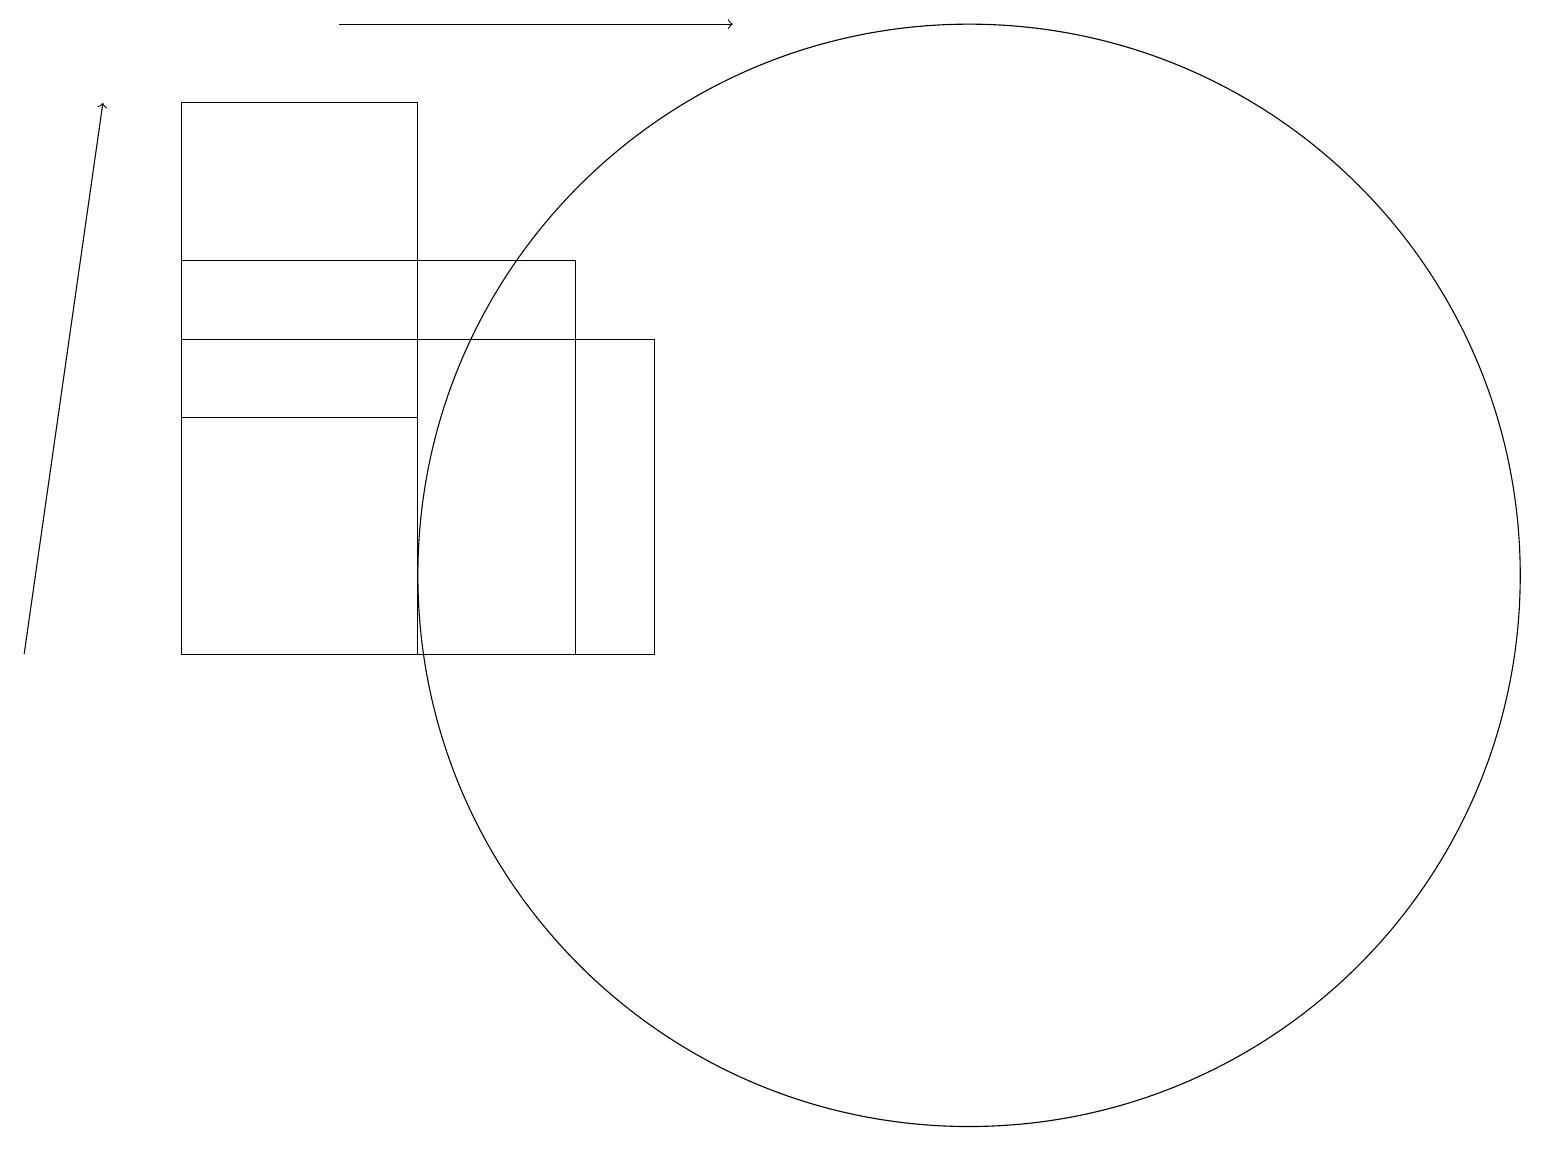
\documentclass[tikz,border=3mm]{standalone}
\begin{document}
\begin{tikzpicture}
\draw[->] (0,11) -- (1,18);
\draw (5,16) rectangle (5,11);
\draw (2,16) rectangle (7,11);
\draw (12,12) circle (7);
\draw[->] (4,19) -- (9,19);
\draw (5,14) rectangle (2,18);
\draw (2,11) rectangle (8,15);
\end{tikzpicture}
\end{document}